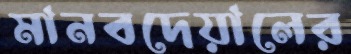
মানবদেয়ালের